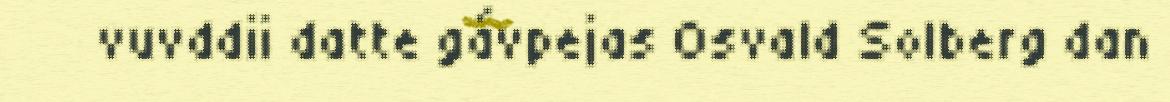
vuvddii datte gávpejas Osvald Solberg dan